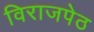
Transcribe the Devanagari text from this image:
विराजपेठ